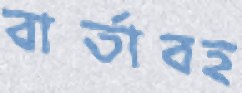
বার্তাবহ